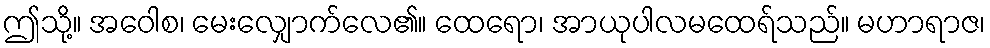
ဤသို့။ အဝေါစ၊ မေးလျှောက်လေ၏။ ထေရော၊ အာယုပါလမထေရ်သည်။ မဟာရာဇ၊